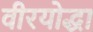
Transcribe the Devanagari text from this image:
वीरयोद्धा